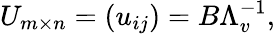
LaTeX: U_{m\times n}=\left(u_{ij}\right)=B\Lambda_{v}^{-1},